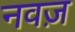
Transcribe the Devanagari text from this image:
नवज़